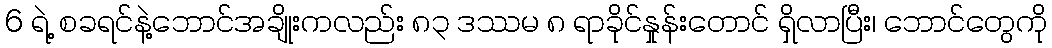
6 ရဲ့ စခရင်နဲ့ဘောင်အချိုးကလည်း ၈၃ ဒဿမ ၈ ရာခိုင်နှုန်းတောင် ရှိလာပြီး၊ ဘောင်တွေကို